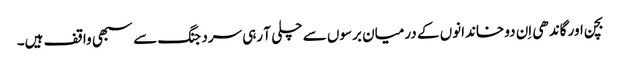
بچن اور گاندھی اِن دو خاندانوں کے درمیان برسوں سے چلی آ رہی سرد جنگ سے سبھی واقف ہیں۔